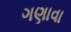
ગણાવા